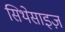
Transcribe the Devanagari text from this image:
सिथेसाइज़